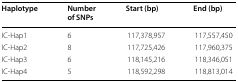
<table><thead><tr><td><b>Haplotype</b></td><td><b>Number of SNPs</b></td><td><b>Start (bp)</b></td><td><b>End (bp)</b></td></tr></thead><tbody><tr><td>IC-Hap1</td><td>6</td><td>117,378,957</td><td>117,557,450</td></tr><tr><td>IC-Hap2</td><td>8</td><td>117,725,426</td><td>117,960,375</td></tr><tr><td>IC-Hap3</td><td>6</td><td>118,145,216</td><td>118,346,051</td></tr><tr><td>IC-Hap4</td><td>5</td><td>118,592,298</td><td>118,813,014</td></tr></tbody></table>